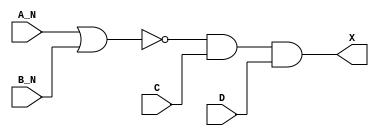
module sky130_fd_sc_ls__and4bb (
    X  ,
    A_N,
    B_N,
    C  ,
    D
);

    // Module ports
    output X  ;
    input  A_N;
    input  B_N;
    input  C  ;
    input  D  ;

    // Local signals
    wire nor0_out  ;
    wire and0_out_X;

    //  Name  Output      Other arguments
    nor nor0 (nor0_out  , A_N, B_N       );
    and and0 (and0_out_X, nor0_out, C, D );
    buf buf0 (X         , and0_out_X     );

endmodule